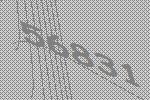
56831